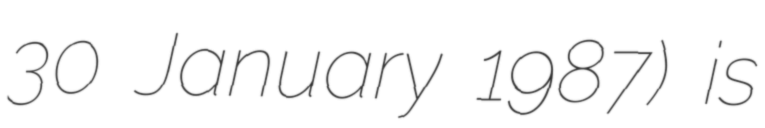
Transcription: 30 January 1987) is